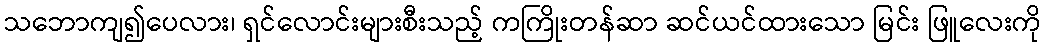
သဘောကျ၍ပေလား၊ ရှင်လောင်းများစီးသည့် ကကြိုးတန်ဆာ ဆင်ယင်ထားသော မြင်း ဖြူလေးကို